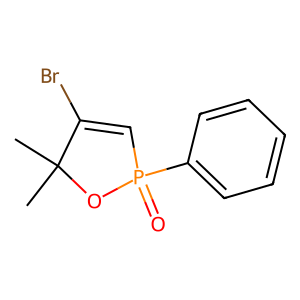
SMILES: CC1(C)OP(=O)(c2ccccc2)C=C1Br
Inhibits HIV replication: No